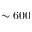
\sim 6 0 0